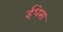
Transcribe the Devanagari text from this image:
ईधेसा